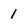
Character: 1